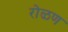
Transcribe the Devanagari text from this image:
रोळण